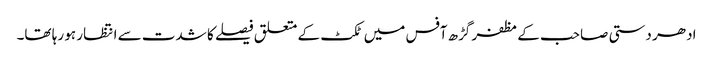
ادھر دستی صاحب کے مظفر گڑھ آفس میں ٹکٹ کے متعلق فیصلے کا شدت سے انتظار ہو رہا تھا۔